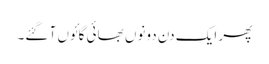
پھر ایک دن دونوں بھائی گائوں آ گئے۔